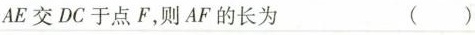
AE交DC于点F，则AF的长为 ()